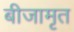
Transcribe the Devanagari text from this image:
बीजामृत